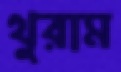
থুরাম